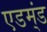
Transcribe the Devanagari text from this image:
एडम्ंड